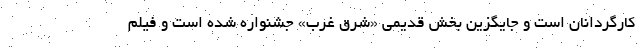
کارگردانان است و جایگزین بخش قدیمی «شرقِ غرب» جشنواره شده است و فیلم